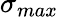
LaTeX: \sigma_{max}